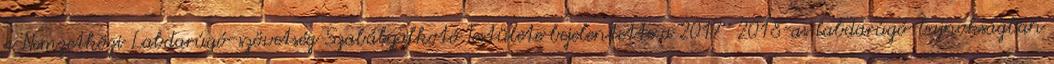
a Nemzetközi Labdarúgó-szövetség Szabályalkotó Testülete bejelentette a 2017 2018-as labdarúgó-bajnokságban